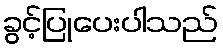
ခွင့်ပြုပေးပါသည်